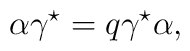
\alpha \gamma^{\star} = q \gamma^{\star} \alpha,